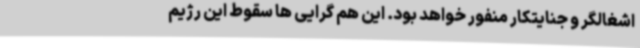
اشغالگر و جنایتکار منفور خواهد بود. این هم گرایی ها سقوط این رژیم